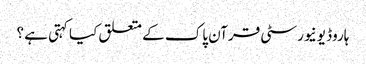
ہاروڈ یونیورسٹی قرآن پاک کے متعلق کیا کہتی ہے ؟